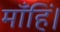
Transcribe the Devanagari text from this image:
माँहिं।